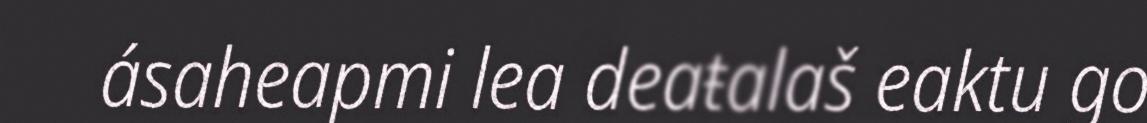
ásaheapmi lea deaŧalaš eaktu go